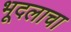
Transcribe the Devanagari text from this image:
भूदलाचा